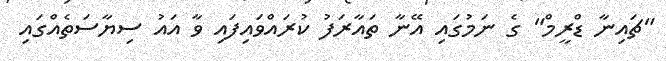
"ޗައިނާ ޑްރީމް" ގެ ނަމުގައި އޭނާ ތައާރަފު ކުރައްވައިފައި ވާ އައު ސިޔާސަތެއްގައި